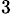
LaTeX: ^\mathrm{3}